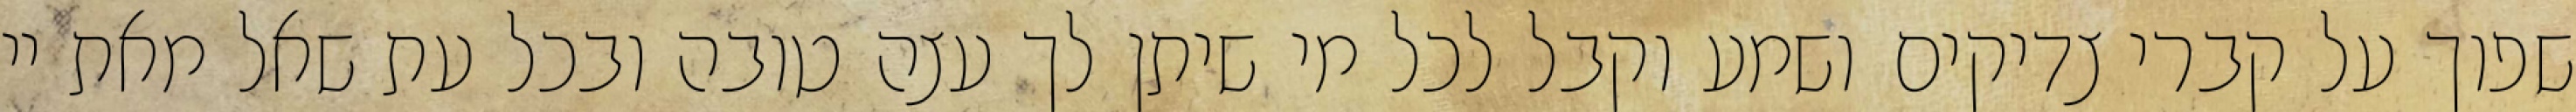
שפוך על קברי צדיקים ושמע וקבל לכל מי שיתן לך עצה טובה ובכל עת שאל מאת יי